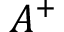
A ^ { + }